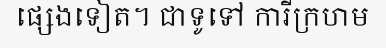
ផ្សេងទៀត។ ជាទូទៅ ការីក្រហម